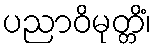
ပညာဝိမုတ္တိံ၊